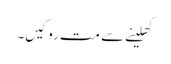
کھلینے سے مت روکیں۔